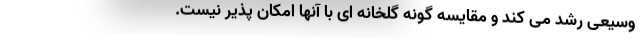
وسیعی رشد می کند و مقایسه گونه گلخانه ای با آنها امکان پذیر نیست.